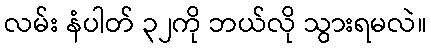
လမ်း နံပါတ် ၃၂ကို ဘယ်လို သွားရမလဲ။